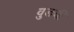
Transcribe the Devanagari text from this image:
वुडची